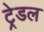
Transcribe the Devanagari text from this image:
ट्रेडल